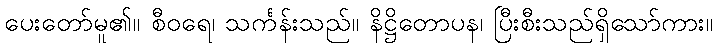
ပေးတော်မူ၏။ စီဝရေ၊ သင်္ကန်းသည်။ နိဋ္ဌိတောပန၊ ပြီးစီးသည်ရှိသော်ကား။